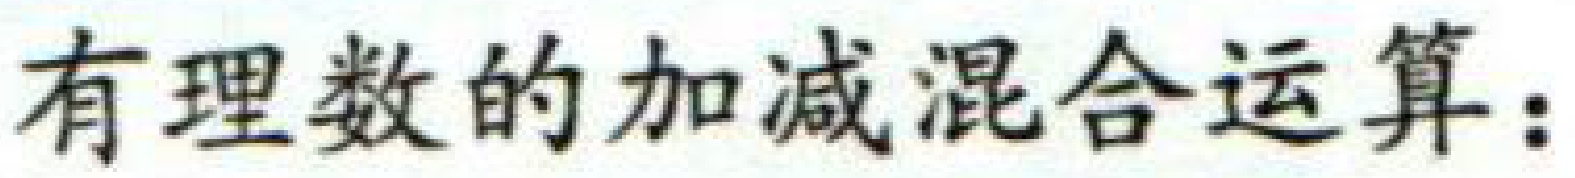
有理数的加减混合运算：